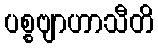
ပစ္စဗျာဟာသီတိ